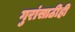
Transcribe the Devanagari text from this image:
गुरांसाठीही